Mustjala_vallavalitsus, lk 14
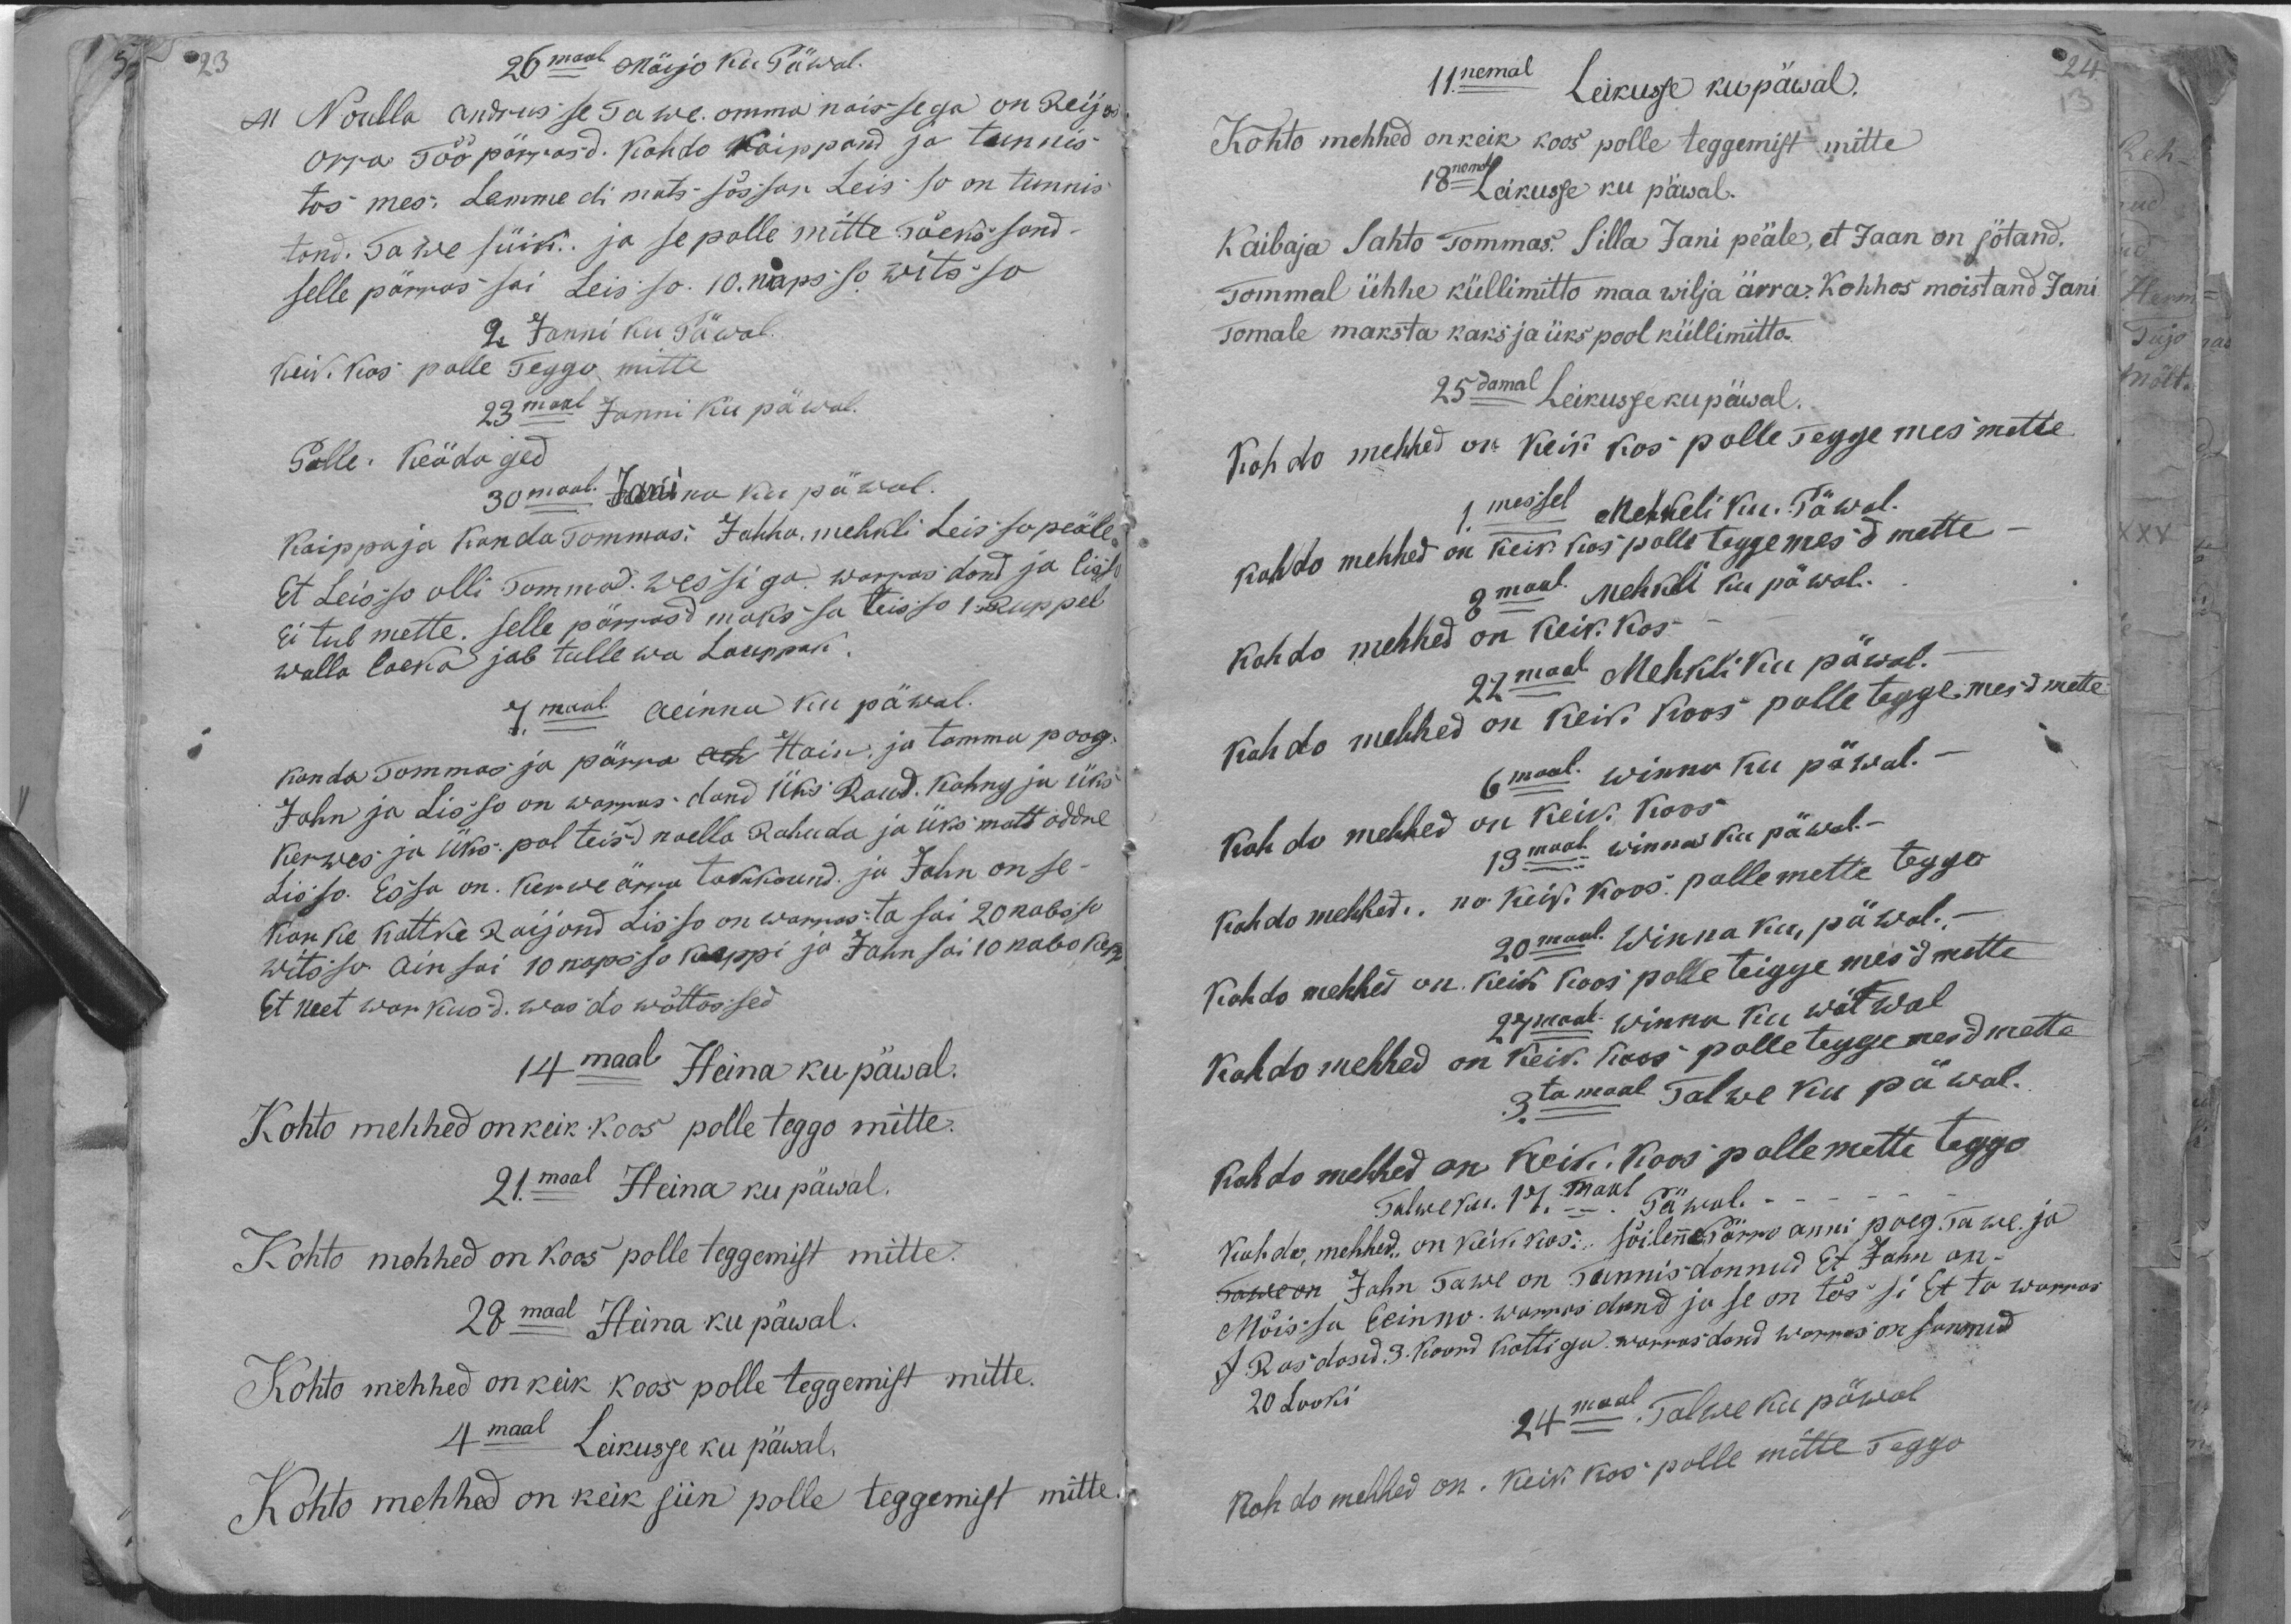
26maal Mäijo ku Päwal.
Noulla andrus se Tawe omma naissega on Reijos
Orra Töö pärrasd. Kohto Kaippand ja tunnis
tos mes: Lemmedi mats sössan Leisso on tunnis-
tand. Tawe süik. ja se polle mitte Tõeks sand
selle pärras sai Leisso. 10. napsso witsso
2. Janni ku Päwal.
keik. Kos polle Teggo mitte,
23 maal Janni ku päwal.
Polle. Keädaged
30maal Jani ku päwal.
Kaippaja Kanda Tommas. Jahho. mehkli Leisso peäle
Et Leisso olli Tomma wessiga warrasdand ja lisso
ei tul mette. selle pärrast makssa teisso 1 Ruppel
walla laeka jab tullewa Lauppak
7 maal aeinna kui päwal.
konda Tommas ja pärra Hain, ja Tommu poog.
Jahn ja Lisso on warrasdand Üks Raud. Kohng ja üks
Kerwes ja üks pol teisd naella Rahuda ja Üks matt oddre
Lisso. Essa on. Kerwe ärra takkound. ja Jahn on se-
Korke kattke raijond Lisso on warras ta sai 20 nabsso
witsso ain sai 10 napsso keppi ja Jahn sai 10 nabo kepp
Et neet warkusd. wasdo wõttassed
14 maal Heina ku päwal.
Kohto mehhed on keik koos polle teggo mitte.
21.maal Heina ku päwal.
Kohto mehhed on koos polle teggemist mitte.
28 maal Heina ku päwal.
Kohto mehhed on keik koos polle teggemist mitte.
4 maal Leikusse ku päwal,
Kohto mehhed on keik siin polle teggemist mitte.

11.nemal Leikusse ku päwal.
Kohto mehhed on keik koos polle teggemist mitte
18nemal Leikusse ku päwal.
Kaibaja Sahto Tommas. Silla Jani peäle, et Jaan on sötand.
Tommal ühhe küllimitto maa wilja ärra. Kohhos moistand Jani
Tomale maksta kaks ja üks pool küllimitto.
25damal Leikusse ku päwal.
Kohdo mehhed on: Keik kos polle Teggemes mette
1.messel Mehkeli ku. Päwal.
kohdo mehhed on keik kos polle teggemesd mette
8 maal Mehkli ku päwal.
kohdo mehhed on keik. Kos
27 maal Mehkli ku päwal.
kohdo mehhed on keik. Koos polle teggemesd mette
6maal. winna ku päwal.
Kohdo mehhed on keik. koos
13 maat winna ku päwal-
kohdo mehhed: no keik Koos polle mette teggo
20mal. Winna ku, päwal.-
Kohdo mehhed on. keik koos, polle teiggemesd mette
27 maal winna kui päwal
Kohdo mehhed on keik koos polle teggemesd mette
3.ta maal Talwe ku päwal.
kohdo mehhed on keik. Koos polle mette teggo
Talwe ku. 17.maal Päwal.
Kohdo, mehhed on keik kos: söilene Pörro anni poeg. Tawe ja
Jahn Tawe on Tunnisdannud Et Jahn on-
Mõissa heinno warrasdand ja se on tõssi Et ta warras
J. Rasdosid 3. Koord kottiga warrasdand Warras on Sannud
20 Looki
24maal Talwe ku päwal
nohdo mehhed on. Keik kos polle mitte Teggo